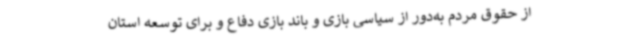
از حقوق مردم به‌دور از سیاسی بازی و باند بازی دفاع و برای توسعه استان